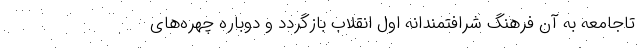
تاجامعه به آن فرهنگ شرافتمندانه اول انقلاب بازگردد و دوباره چهره‌های